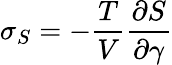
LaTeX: \sigma_{S}=-\frac{T}{V}\frac{\partial S}{\partial\gamma}